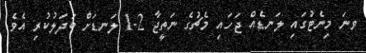
ވނަ މިނެޓުގައި ލަނޑެއް ޖަހައި މެޗުގެ ނަތީޖާ 2-1 ލަނޑަށް ބަދަލުކުރި އެވެ.